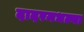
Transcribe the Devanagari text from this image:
दादरमधल्या